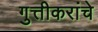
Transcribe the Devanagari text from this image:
गुत्तीकरांचे